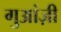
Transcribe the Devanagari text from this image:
गुआंज़ी